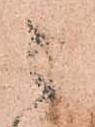
被